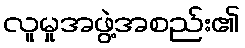
လူမှုအဖွဲ့အစည်း၏